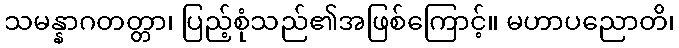
သမန္နာဂတတ္တာ၊ ပြည့်စုံသည်၏အဖြစ်ကြောင့်။ မဟာပညောတိ၊